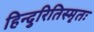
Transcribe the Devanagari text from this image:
हिन्दुरितिस्मृतः